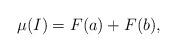
LaTeX: \begin{align*}\mu (I) = F(a) + F(b) ,\end{align*}